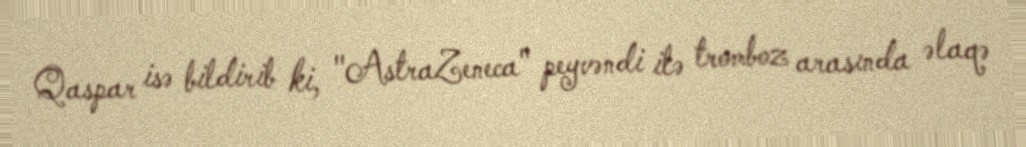
Qaspar isə bildirib ki, "AstraZeneca" peyvəndi ilə tromboz arasında əlaqə